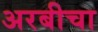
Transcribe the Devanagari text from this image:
अरबीचा